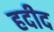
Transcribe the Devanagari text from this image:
हदीद